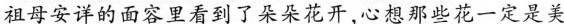
祖母安详的面容里看到了朵朵花开，心想那些花一定是美